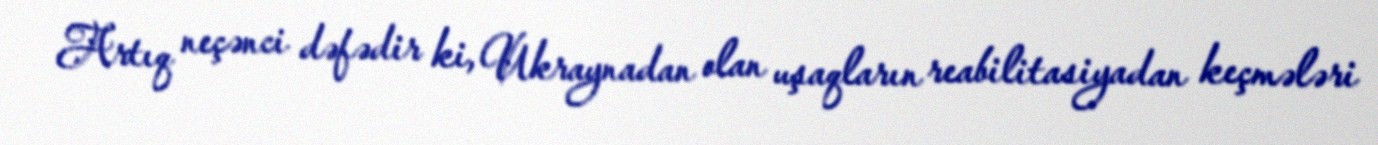
Artıq neçənci dəfədir ki, Ukraynadan olan uşaqların reabilitasiyadan keçmələri